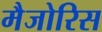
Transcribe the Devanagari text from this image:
मैजोरिस